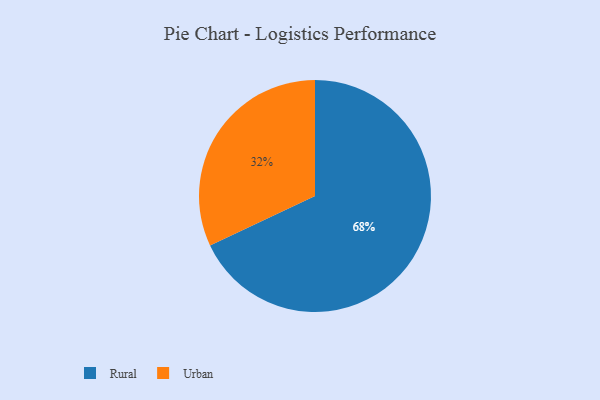
{"axis": {"x": "Category", "y": "Percentage"}, "legend": ["Rural", "Urban"], "data": [{"x": "Rural", "y": 68, "type": "Rural"}, {"x": "Urban", "y": 32, "type": "Urban"}]}